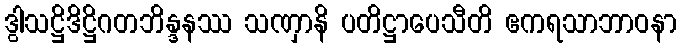
ဒွါသဋ္ဌိဒိဋ္ဌိဂတဘိန္ဒနဿ သဏှာနိ ပတိဋ္ဌာပေသီတိ ဧကရသာဘာဝနာ